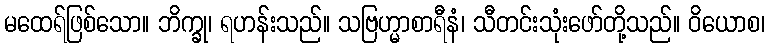
မထေရ်ဖြစ်သော။ ဘိက္ခု၊ ရဟန်းသည်။ သဗြဟ္မာစာရီနံ၊ သီတင်းသုံးဖော်တို့သည်။ ဝိယောစ၊